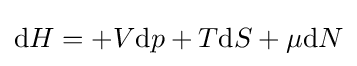
\mathrm {d} H=+V\mathrm {d} p+T\mathrm {d} S+\mu \mathrm {d} N